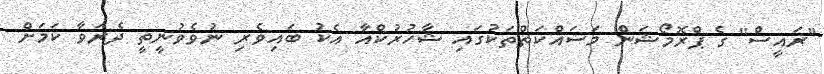
"ރައީސް" ގެ ޕްރޮމޯޝަން މަސައްކަތްތަކުގައި ޝާހުރުކްއާ އެކު ބައިވެރި ނުވެވުނީތީ ދެރަވާ ކަމަށް